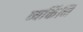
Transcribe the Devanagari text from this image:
व्यक्तिंनि